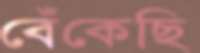
বেঁকেছি